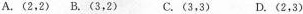
A.(2，2)B.(3，2)C.(3，3)D.(2，3)